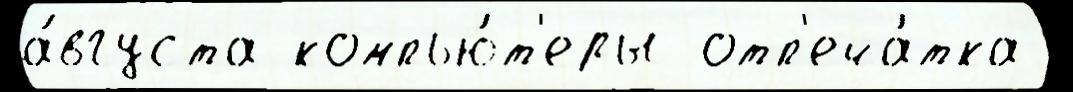
а́вгуста компью́т'еры отп'еча́тка